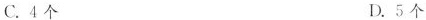
C.4个 D.5个